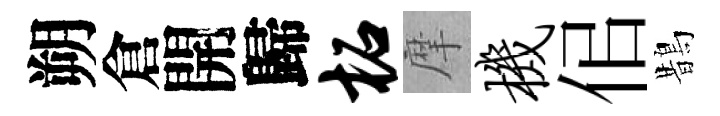
朔倉開歸柘摩机佀鵲